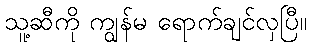
သူ့ဆီကို ကျွန်မ ရောက်ချင်လှပြီ။